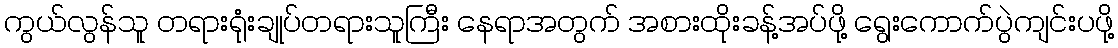
ကွယ်လွန်သူ တရားရုံးချုပ်တရားသူကြီး နေရာအတွက် အစားထိုးခန့်အပ်ဖို့ ရွေးကောက်ပွဲကျင်းပဖို့